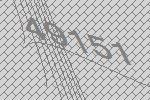
49151